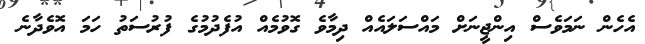
އެހެން ނަމަވެސް އިންޖީނަށް މައްސަލައެއް ދިމާވެ ގޮވުމެއް އުފެދުމުގެ ފުރުސަތު ހަމަ އޮވެދާނެ